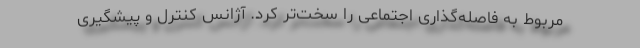
مربوط به فاصله‌گذاری اجتماعی را سخت‌تر کرد. آژانس کنترل و پیشگیری